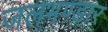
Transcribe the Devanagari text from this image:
जलभण्डार